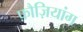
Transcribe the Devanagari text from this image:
फ़ौज़ियांग